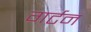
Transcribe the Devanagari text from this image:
गर्टन